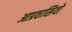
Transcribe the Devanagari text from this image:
आप्रवासियो